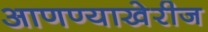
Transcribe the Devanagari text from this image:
आणण्याखेरीज